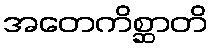
အတေကိစ္ဆာတိ